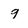
Character: 9